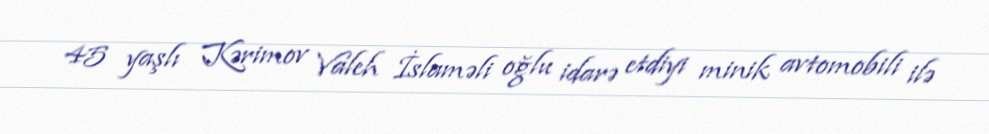
45 yaşlı Kərimov Valeh İslaməli oğlu idarə etdiyi minik avtomobili ilə